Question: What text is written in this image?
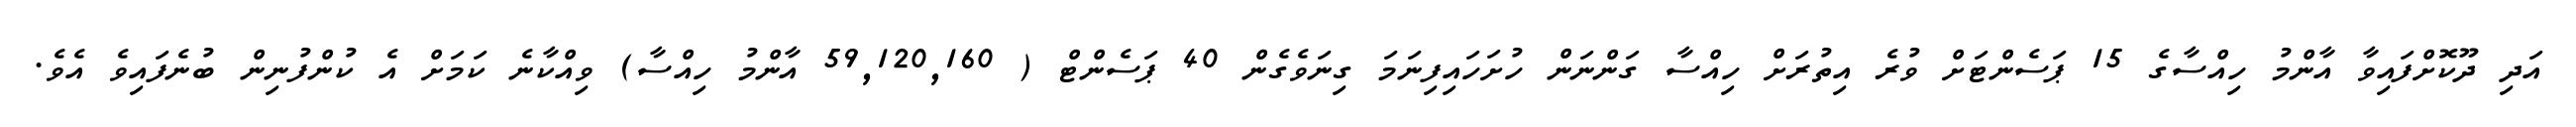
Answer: އަދި ދޫކޮށްފައިވާ އާންމު ހިއްސާގެ 15 ޕަސެންޓަށް ވުރެ އިތުރަށް ހިއްސާ ގަންނަން ހުށަހައިފިނަމަ ގިނަވެގެން 40 ޕަސެންޓް ( 59,120,160 އާންމު ހިއްސާ) ވިއްކާނެ ކަމަށް އެ ކުންފުނިން ބުނެފައިވެ އެވެ.